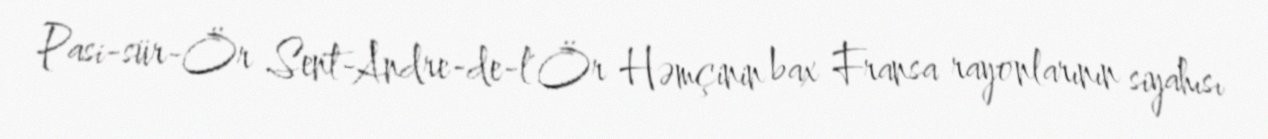
Pasi-sür-Ör Sent-Andre-de-l'Ör Həmçinin bax Fransa rayonlarının siyahısı